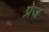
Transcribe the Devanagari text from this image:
प्रेज